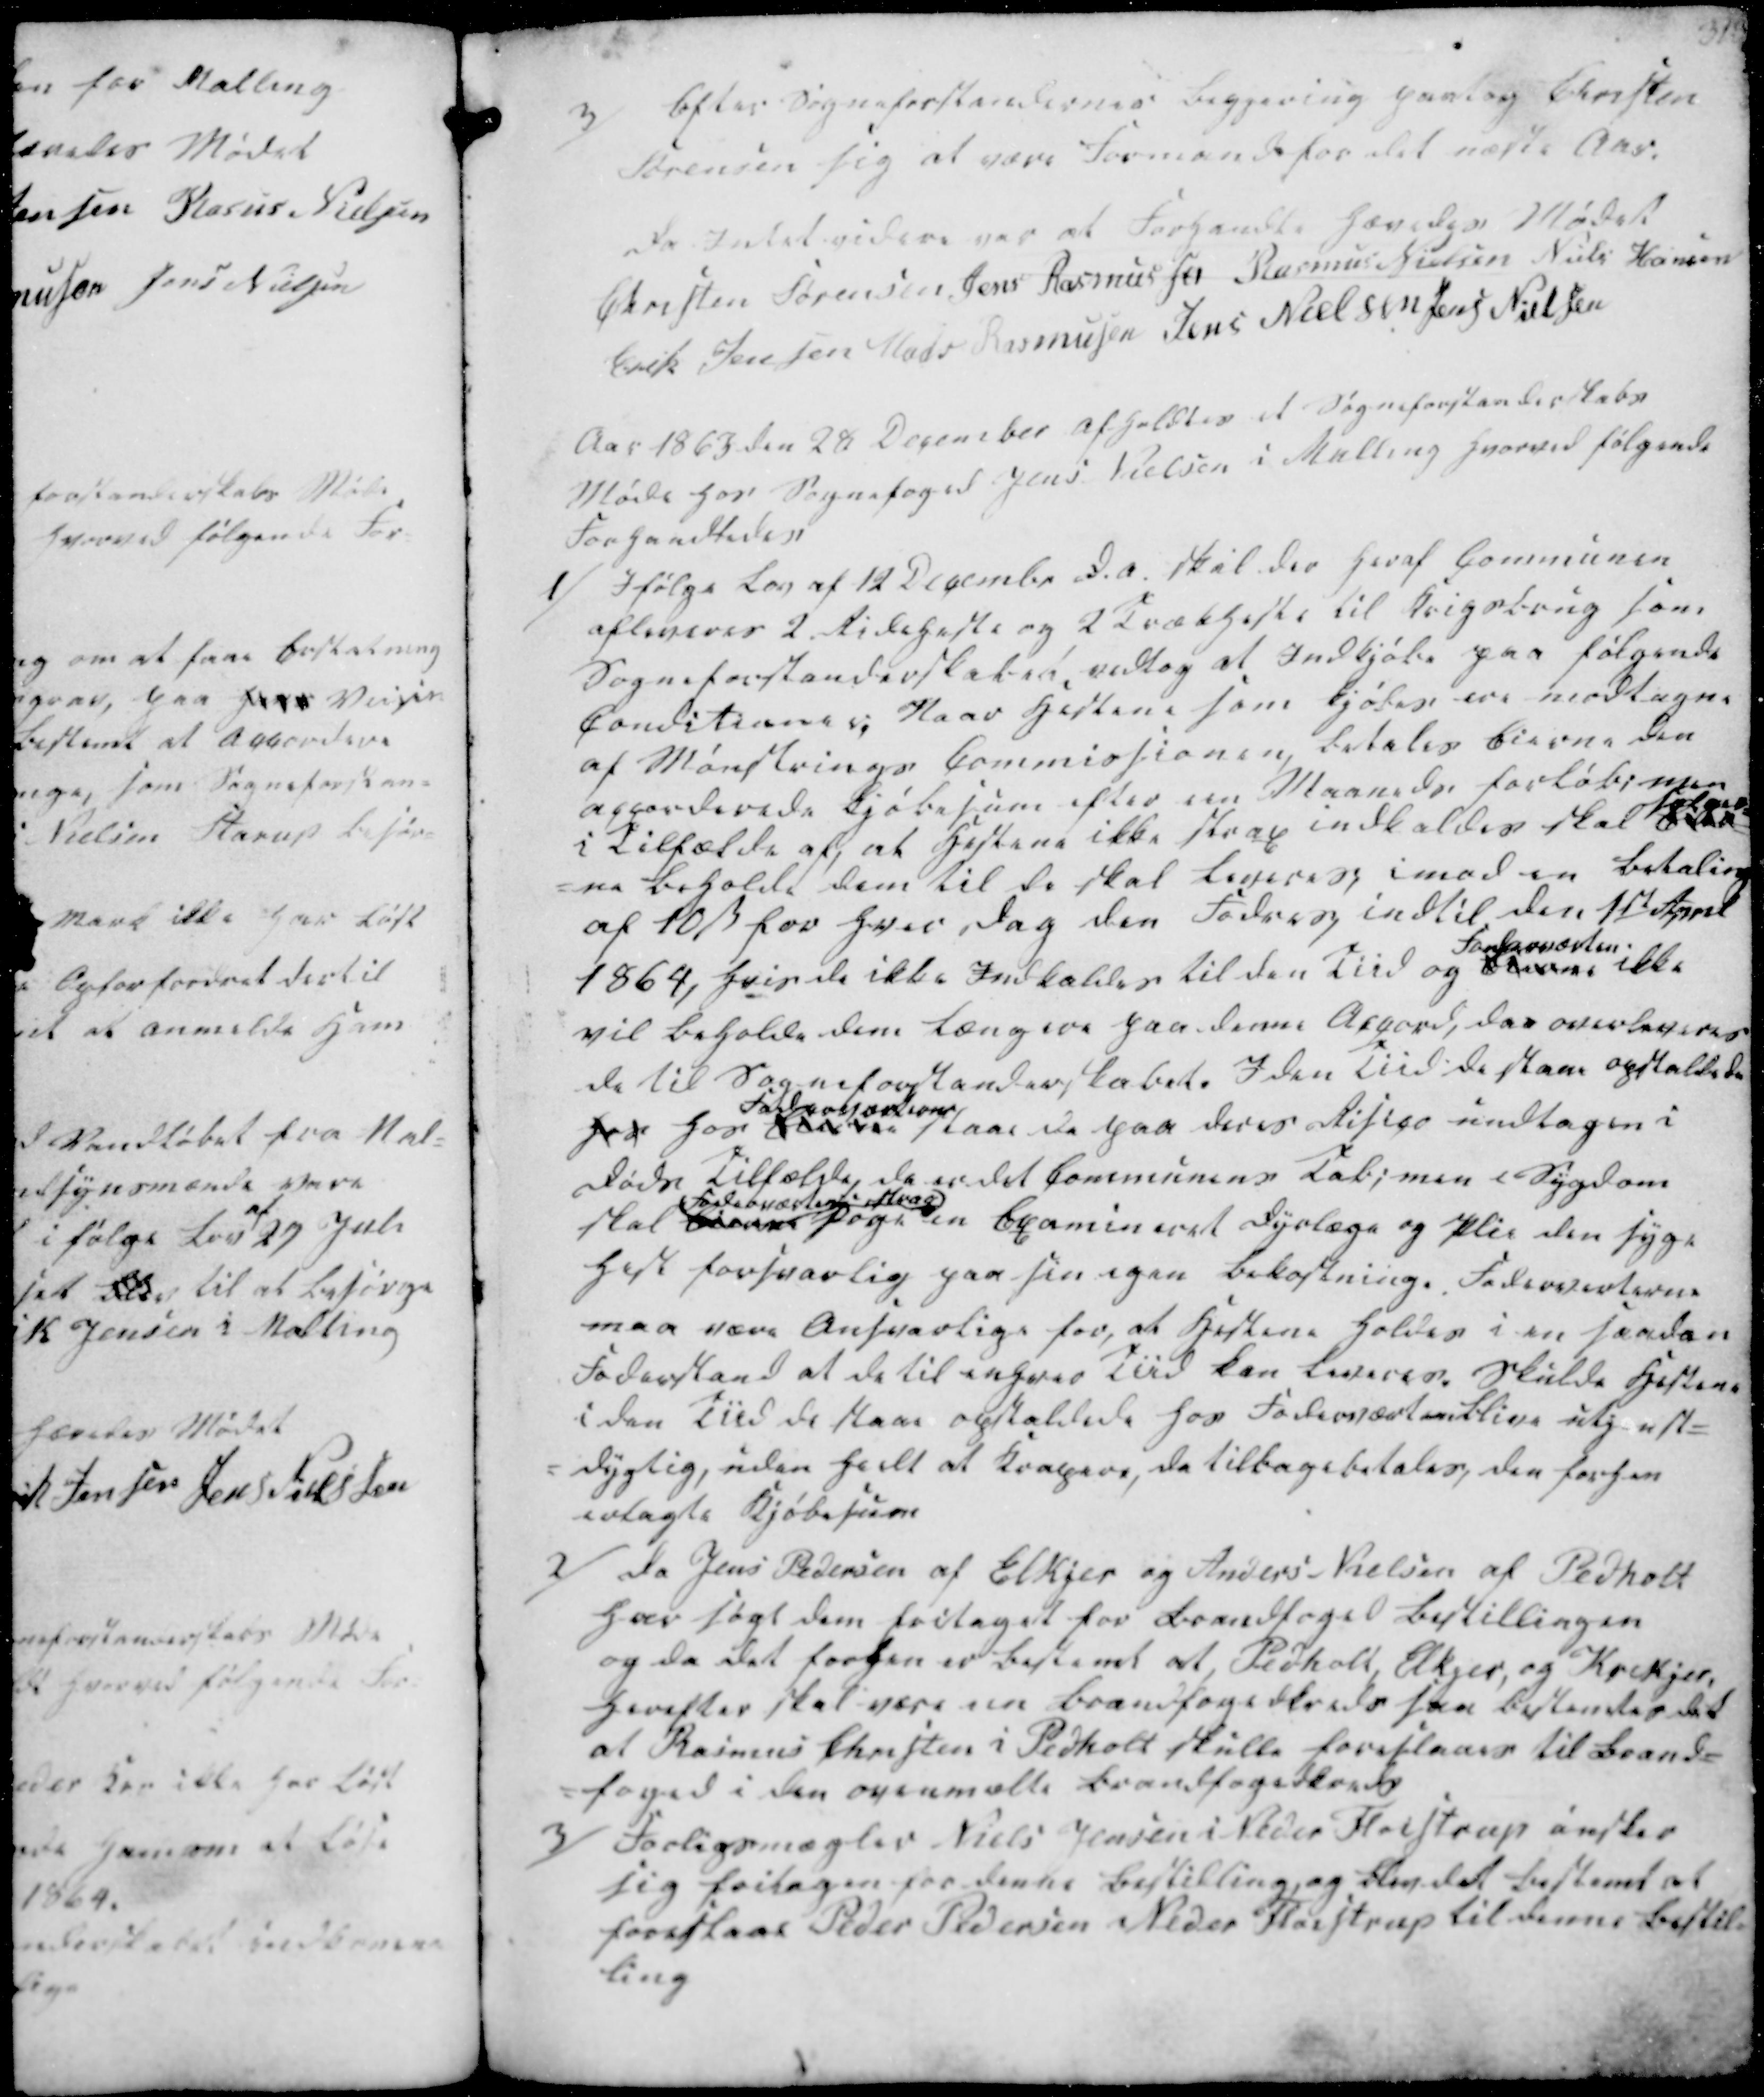
Transskription:
3/
Efter Sogneforstandernes Begjering paatog Christen
Sørensen sig at være Formand for det næste Aar.

Da Intet videre var at Forhandle hævedes Mødet
Christen Sørensen
Jens Rasmussen
Rasmus Nielsen
Niels Hansen
Erik Jensen
Mads Rasmussen
Jens Nielsen
Jens Nielsen

Aar 1863 den 28 December afholdtes et Sogneforstanderskabs
Møde hos Sognefoged Jens Nielsen i Malling hvorved følgende
Forhandledes

1/ Ifølge Lov af 12 Decembr D.A. skal der heraf Communen
afleveres 2. Rideheste og 2 Trækheste til Krigsbrug som
Sogneforstanderskabet vedtog at Indkjøbe paa følgende
Conditioner; Naar Hestene som kjøbes ere modtagne
af Mønstrings Commissionen, betales Eierne den
accorderede Kjøbesum efter een Maaneds forløb; men
i Tilfælde af, at Hestene ikke strax indkaldes skal Eier-
sælger-
-ne beholde dem til de skal leveres, imod en betaling
af 10 ẞ for hver dag den Fodres, indtil den 1ste April
1864, hvis de ikke Indkaldes til den Tiid og Eierne
Foderværten
ikke
vil beholde dem længere paa denne Accord, daa overleveres
de til Sogneforstanderskabet. I den Tiid de staae opstaldede
hos hos Eierne
Foderaccortionen
staae de paa deres Risico undtagen i
Døds Tilfælde, da er det Communens Tab; men i Sygdom
skal Eieren
Foderværten strax
søge en Examineret Dyrlæge og Plie den syge
Hest forsvarlig paa sin egen Bekostning. Foderværterne
maa være Ansvarlige for, at Hestene holdes i en saadan
Foderstand at de til enhver Tiid kan leveres. Skulde Hestene
i den Tiid de staae opstaldede hos Foderværten blive utj- ust-
-dygtig, uden heelt at Krapere, da tilbagebetales, den forhen
erlagte Kjøbesum

2/ Da Jens Pedersen af Elkjer og Anders Nielsen af Pedholt
har søgt dem fritaget for Brandfoged Bestillingen
og da det forhen er bestemt at, Pedholt, Elkjer, og Krekjer,
herefter skal være een Brandfogedkreds saa bestemtes det
at Rasmus Christen i Pedholt skulle foreslaaes til Brand-
-foged i den ovenmælte Brandfogedkreds
3/ Forligsmægler Niels Jensen i Neder Fløistrup ønsker
sig fritagen for denne Bestilling, og blev det bestemt at
foreslaae Peder Pedersen i Neder Fløistrup til denne bestil-
ling